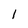
Character: l